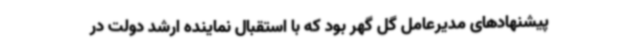
پیشنهادهای مدیرعامل گل گهر بود که با استقبال نماینده ارشد دولت در